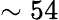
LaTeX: \sim 54